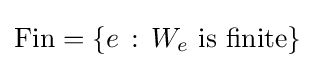
\mathrm {Fin} =\{e\,:\,W_{e}{\text{ is finite}}\}